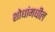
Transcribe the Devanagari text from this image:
शोधांमधील